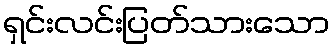
ရှင်းလင်းပြတ်သားသော